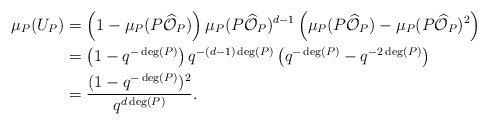
\begin{align*} \mu_P(U_P) &= \left(1-\mu_P(P\widehat{\mathcal{O}}_P)\right) \mu_P(P\widehat{\mathcal{O}}_P)^{d-1} \left(\mu_P(P\widehat{\mathcal{O}}_P)-\mu_P(P \widehat{\mathcal{O}}_P)^2 \right) \\ &= \left(1-q^{-\deg(P)} \right) q^{-(d-1) \deg(P)} \left( q^{-\deg(P)} - q^{-2\deg(P)} \right) \\ &= \frac{(1-q^{-\deg(P)})^2}{q^{d \deg(P)}}. \end{align*}